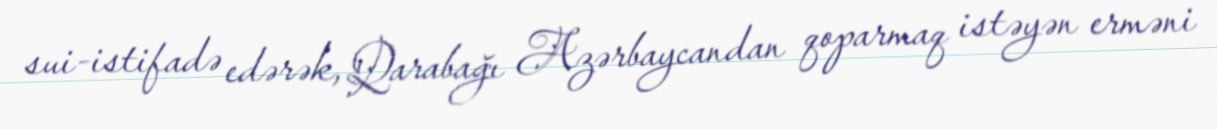
sui-istifadə edərək, Qarabağı Azərbaycandan qoparmaq istəyən erməni